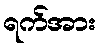
ရက်အား